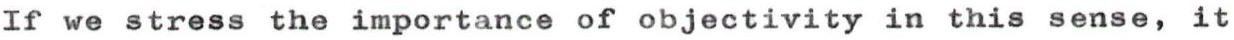
If we stress the importance of objectivity in this sense, it